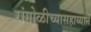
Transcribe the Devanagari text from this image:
रांगोळीच्यासहाय्याने